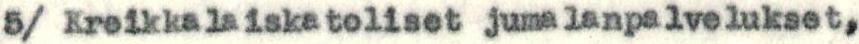
5/ Kreikkalaiskatoliset jumalanpalvelukset,